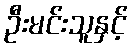
ဦးမင်းသူနှင့်